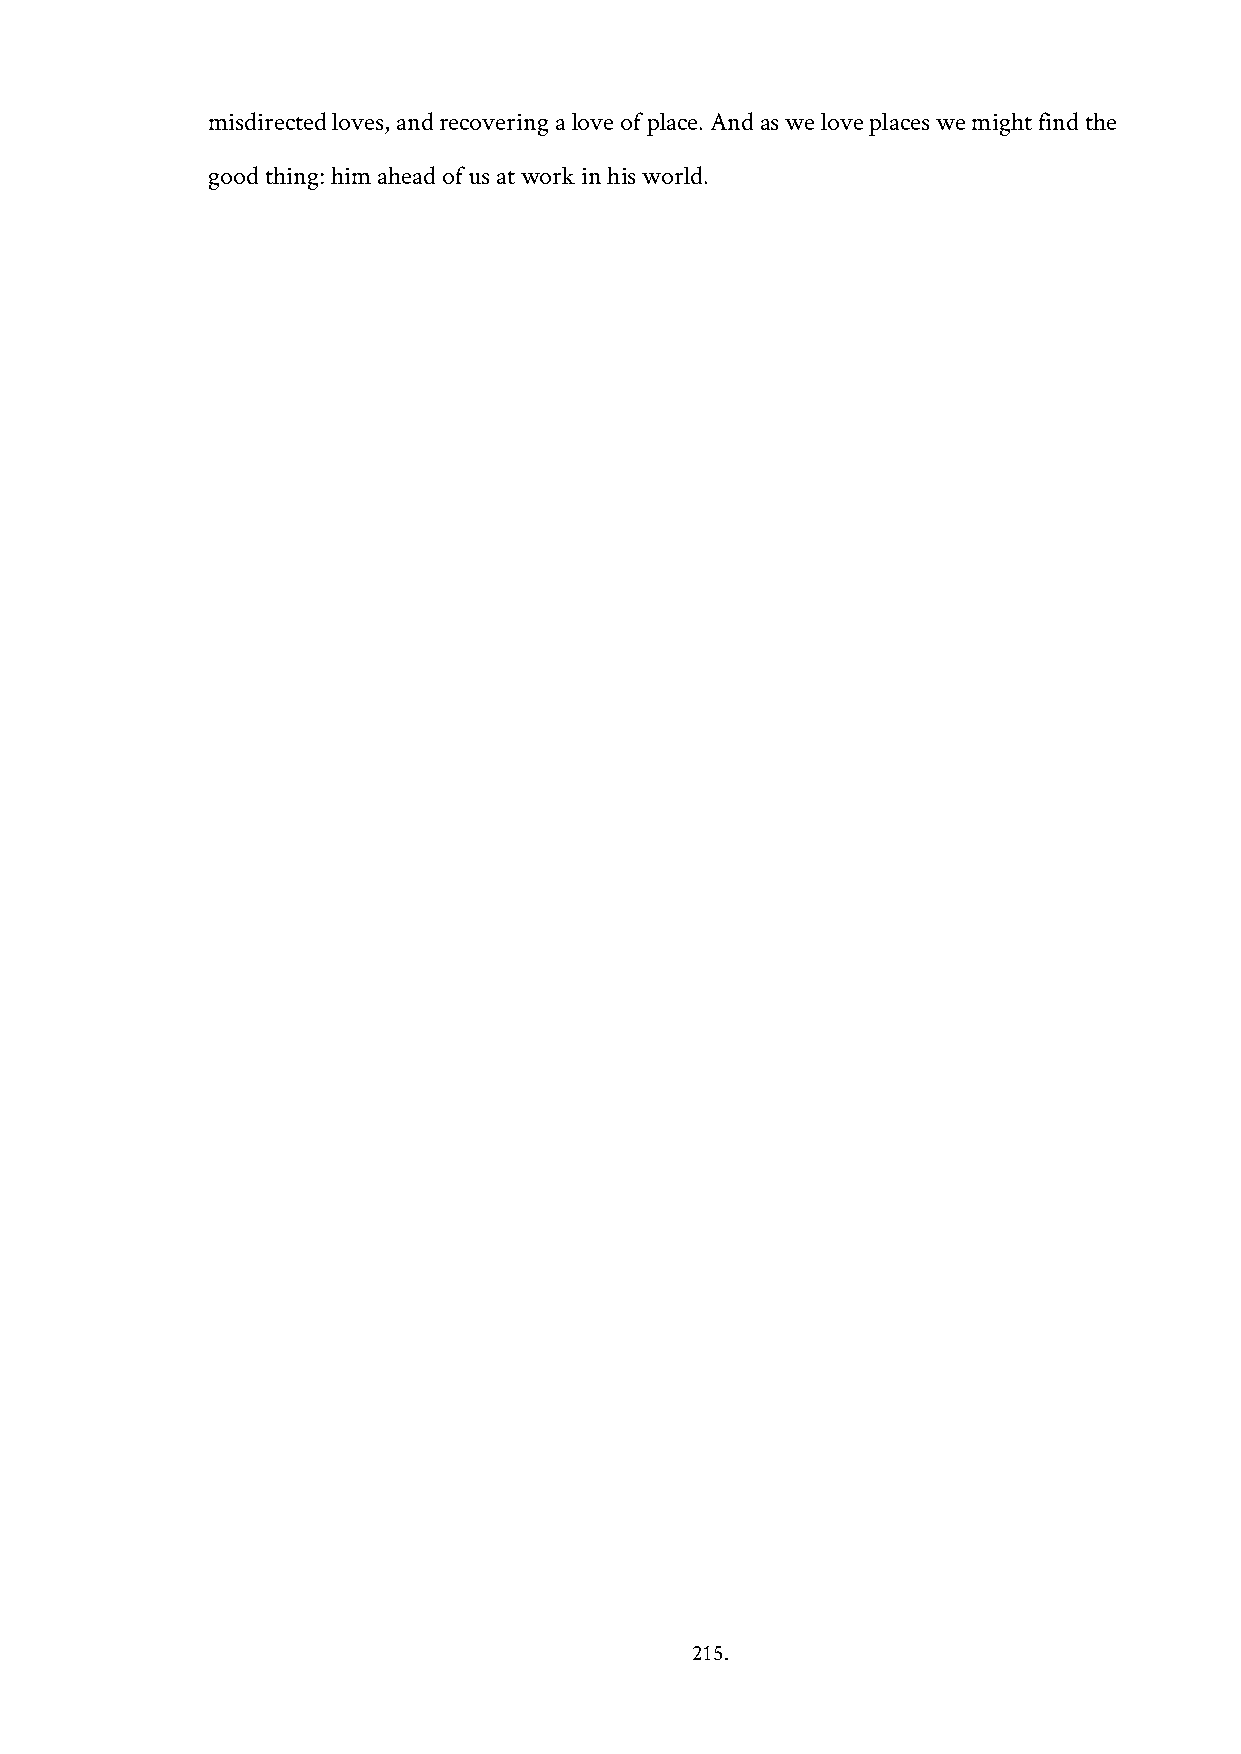
misdirected loves, and recovering a love of place. And as we love places we might find the
 good thing: him ahead of us at work in his world.
 215.